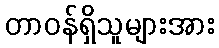
တာဝန်ရှိသူများအား